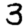
Digit: 3